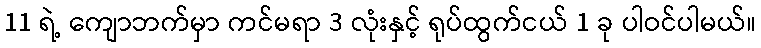
11 ရဲ့ ကျောဘက်မှာ ကင်မရာ 3 လုံးနှင့် ရုပ်ထွက်ငယ် 1 ခု ပါဝင်ပါမယ်။